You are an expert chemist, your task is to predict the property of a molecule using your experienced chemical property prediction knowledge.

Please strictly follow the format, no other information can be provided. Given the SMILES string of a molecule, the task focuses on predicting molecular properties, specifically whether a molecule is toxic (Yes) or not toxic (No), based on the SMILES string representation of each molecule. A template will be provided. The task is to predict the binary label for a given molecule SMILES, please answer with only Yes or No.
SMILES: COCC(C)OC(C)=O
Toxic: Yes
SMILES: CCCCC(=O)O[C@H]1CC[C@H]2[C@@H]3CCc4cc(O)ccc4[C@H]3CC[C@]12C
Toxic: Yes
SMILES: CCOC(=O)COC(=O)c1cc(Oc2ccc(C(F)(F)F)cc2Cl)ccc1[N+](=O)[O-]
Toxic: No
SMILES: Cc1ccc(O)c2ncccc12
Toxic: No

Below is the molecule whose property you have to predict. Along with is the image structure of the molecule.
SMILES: CCC(Cl)CC(Cl)C(Cl)C(Cl)C(Cl)C(C)Cl
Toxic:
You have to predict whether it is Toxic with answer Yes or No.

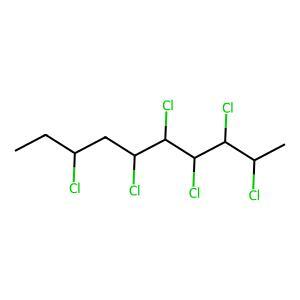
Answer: No